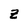
Character: Z